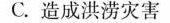
C.造成洪涝灾害